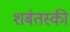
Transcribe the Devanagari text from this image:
शर्बतस्की